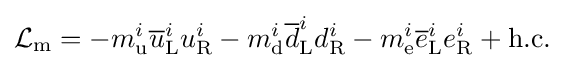
{\mathcal {L}}_{\text{m}}=-m_{\text{u}}^{i}{\overline {u}}_{\text{L}}^{i}u_{\text{R}}^{i}-m_{\text{d}}^{i}{\overline {d}}_{\text{L}}^{i}d_{\text{R}}^{i}-m_{\text{e}}^{i}{\overline {e}}_{\text{L}}^{i}e_{\text{R}}^{i}+{\textrm {h.c.}}